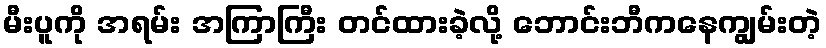
မီးပူကို အရမ်း အကြာကြီး တင်ထားခဲ့လို့ ဘောင်းဘီကနေကျွမ်းတဲ့